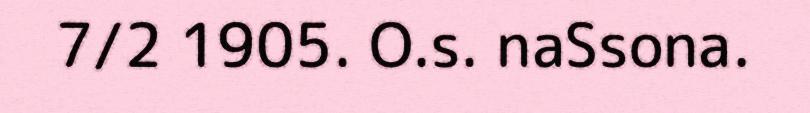
7/2 1905. O.s. naSsona.